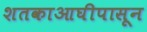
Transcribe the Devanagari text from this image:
शतकाआघीपासून